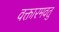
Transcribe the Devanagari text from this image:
वक्तारमवतु